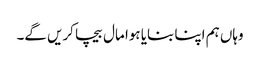
وہاں ہم اپنا بنایا ہوا مال بیچا کریں گے۔